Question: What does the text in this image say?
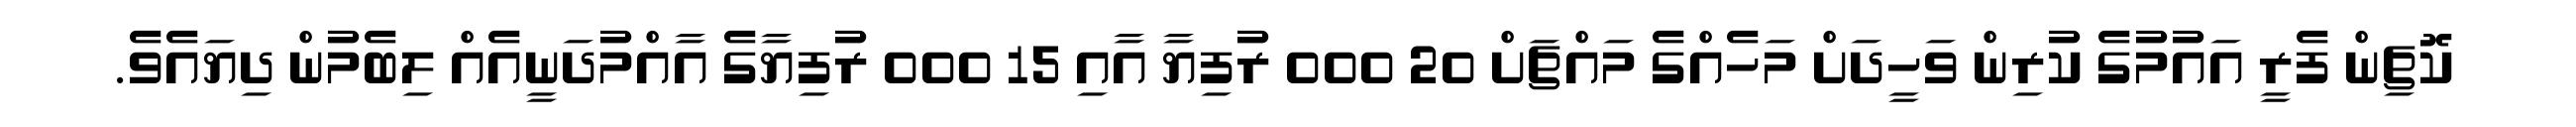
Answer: ކޮޗިން ފެރީ އައުމުގެ ކުރިން ވަހީދަށް މަހެއްގެ މައްޗަށް 20 000 ރުފިޔާ އާއި 15 000 ރުފިޔާގެ އާއްމުދަނީއެއް ލިބެމުން ދިޔައެވެ.